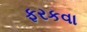
ફરકવા